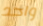
واحد